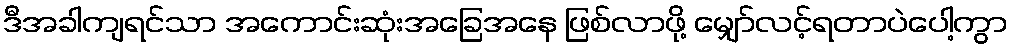
ဒီအခါကျရင်သာ အကောင်းဆုံးအခြေအနေ ဖြစ်လာဖို့ မျှော်လင့်ရတာပဲပေါ့ကွာ